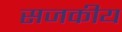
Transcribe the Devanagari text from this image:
सजकीय